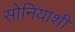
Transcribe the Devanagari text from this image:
सोनियाशी